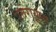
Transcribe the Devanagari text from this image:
उत्तरायुष्य